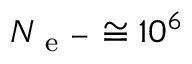
N _ { \mathrm { ~ e ~ } ^ { - } } \cong 1 0 ^ { 6 }